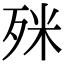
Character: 𣧲